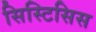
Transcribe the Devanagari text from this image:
सिस्टिसिस